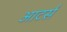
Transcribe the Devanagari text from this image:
आटर्स